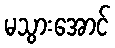
မသွားအောင်